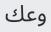
وعك